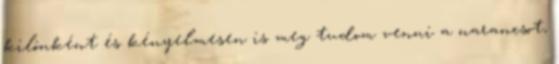
kilónként és kényelmesen is meg tudom venni a narancsot,